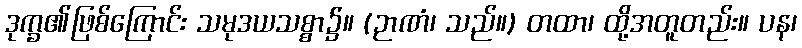
ဒုက္ခ၏ဖြစ်ကြောင်း သမုဒယသစ္စာ၌။ (ဉာဏံ၊ သည်။) တထာ၊ ထို့အတူတည်း။ ပန၊